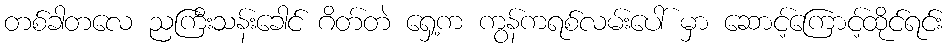
တစ်ခါတလေ ညကြီးသန်းခေါင် ဂိတ်တဲ ရှေ့က ကွန်ကရစ်လမ်းပေါ် မှာ ဆောင့်ကြောင့်ထိုင်ရင်း